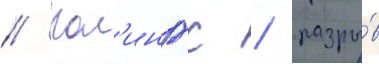
// Кол'ингс / разры́в